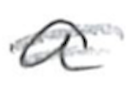
Text: a
Cross-out: double-line
Writing tool: pencil